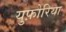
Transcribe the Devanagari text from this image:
युफ़ोरिया